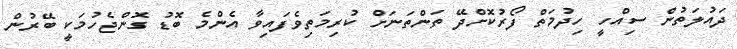
ދައުލަތުން ސިއްހީ ހިދުމަތް ފޯރުކޮށްދޭ ތަންތަނަށް ކުރިމަތިވެފައިވާ އެންމެ ބޮޑު ގޮންޖެހުމަކީ ބޭރުން